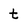
Character: t